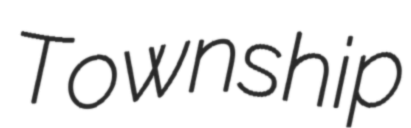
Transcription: Township